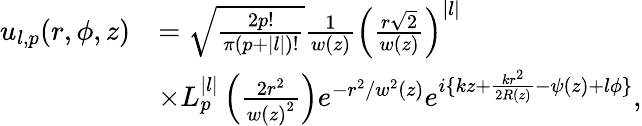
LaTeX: \begin{array}{rl}{u_{l,p}(r,\phi,z)}&{=\sqrt{\frac{2p!}{\pi(p+|l|)!}}\frac{1}{w(z)}\left(\frac{r\sqrt{2}}{w(z)}\right)^{|l|}}\\ &{{\times}L_{p}^{|l|}\left(\frac{2r^{2}}{{w(z)}^{2}}\right)e^{-r^{2}/{w^{2}(z)}}e^{i\{ kz+\frac{kr^{2}}{2R(z)}-\psi(z)+l\phi\} },}\end{array}